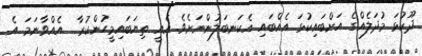
ދޫކުޅަ މުދަލެއްގެ އަށްބައިކުޅަ އެއްބައި އެކަނބަލުންނަށެވެ. އެއީ ތިޔަބައިމީހުންކުރާ  އެއްވާނަމަ އެ